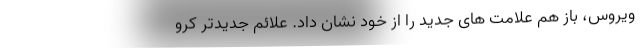
ویروس، باز هم علامت های جدید را از خود نشان داد. علائم جدیدتر کرو